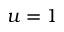
u = 1